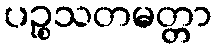
ပဉ္စသတမတ္တာ